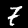
Digit: 7